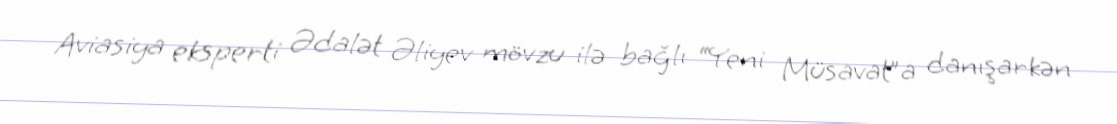
Aviasiya eksperti Ədalət Əliyev mövzu ilə bağlı “Yeni Müsavat”a danışarkən